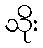
သိုး